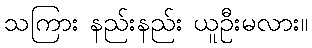
သကြား နည်းနည်း ယူဦးမလား။